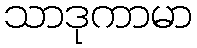
သာဒုကာမာ